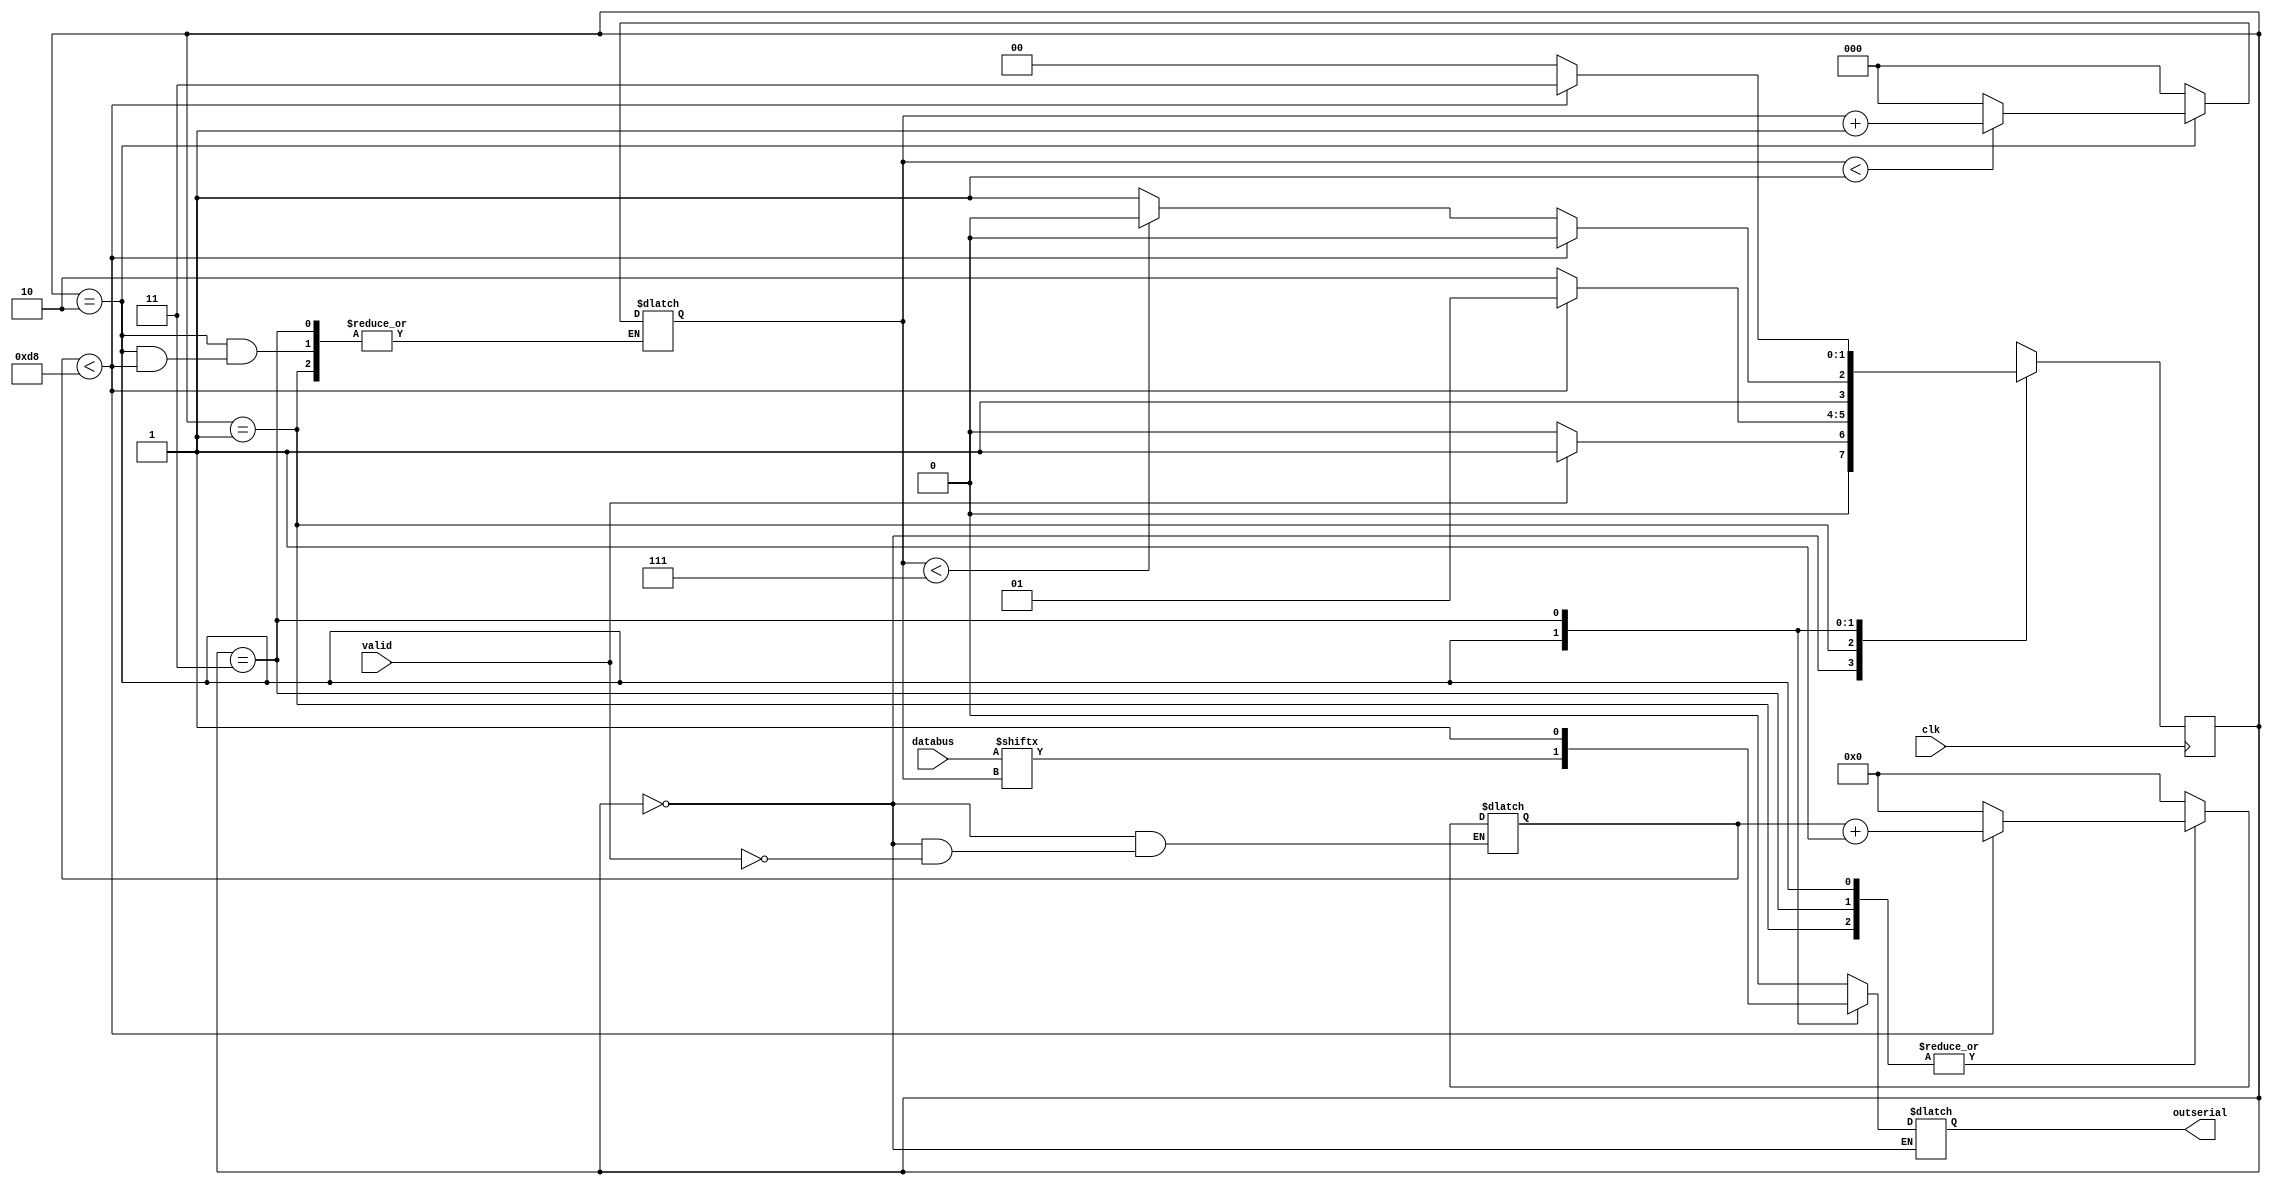
module UART_Transmitter
	#(parameter CLOCKS_PER_BIT = 217)(
    input [7:0] databus,
	 input valid,
	 input clk,
	 output reg outserial
	 );
parameter IDLE = 2'b00, START = 2'b01, DATABIT = 2'b10, STOP = 2'b11;

reg [1:0] next_state;
reg [7:0] clock_count;
reg [2:0] index;

always @(posedge clk)
begin
	case(next_state)
		IDLE: begin
					if(valid == 1'b1)
						next_state <= START;
					else 
						next_state <= IDLE;
		      end
		
		START: begin
					if(clock_count < CLOCKS_PER_BIT - 1)
							next_state <= START;
					else 
							next_state <= DATABIT;
			end
				
		DATABIT: begin
						if(clock_count < CLOCKS_PER_BIT - 1)
								next_state <= DATABIT;
						else
							begin
								if(index < 3'b111)
									next_state <= DATABIT;
								else
									next_state <= STOP;
							end
					end
		STOP: begin
					if(clock_count < CLOCKS_PER_BIT - 1)
							next_state <= STOP;
					else 
							next_state <= IDLE;
				end
		
		default: next_state<=IDLE;
	endcase
end

	always @(next_state)
		begin
			case(next_state)
			IDLE: begin
				index = 1'h0;
				if(valid == 1'b1)
					clock_count = 0;
			      end
			START: begin
				outserial<=1'b0;
				clock_count= (clock_count < CLOCKS_PER_BIT - 1) ? (clock_count + 1'b1) : 1'b0;
				end
			DATABIT:begin
				outserial <= databus[index];
						if(clock_count < CLOCKS_PER_BIT - 1)
							clock_count = clock_count + 1'b1;
						else
							begin
								clock_count = 1'b0;
								index = (index < 1'b111) ? index + 1'b1 : 1'b0;
							end
			        end
			STOP: begin
				outserial = 1'b1;
				clock_count= (clock_count < CLOCKS_PER_BIT - 1) ? (clock_count + 1'b1) : 1'b0;
			      end
			endcase
	 	end
endmodule